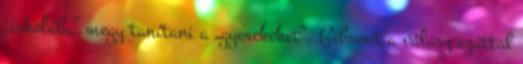
„iskolába” megy tanítani a „gyerekeket”. Gibsont a válasz ezúttal